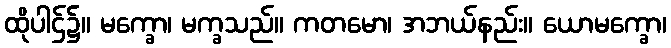
ထိုပါဌ်၌။ မက္ခော၊ မက္ခသည်။ ကတမော၊ အဘယ်နည်း။ ယောမက္ခော၊